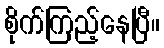
စိုက်ကြည့်နေပြီ။